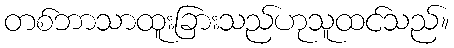
တစ်ဘာသာထူးခြားသည်ဟုသူထင်သည်။